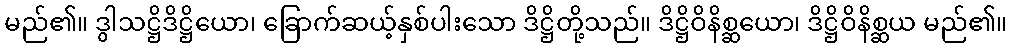
မည်၏။ ဒွါသဋ္ဌိဒိဋ္ဌိယော၊ ခြောက်ဆယ့်နှစ်ပါးသော ဒိဋ္ဌိတို့သည်။ ဒိဋ္ဌိဝိနိစ္ဆယော၊ ဒိဋ္ဌိဝိနိစ္ဆယ မည်၏။